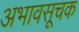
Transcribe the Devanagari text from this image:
अभावसूचक